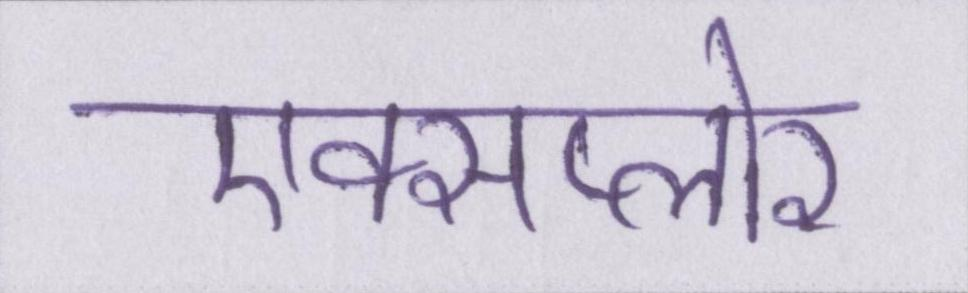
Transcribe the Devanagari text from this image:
एक्सप्लोर